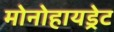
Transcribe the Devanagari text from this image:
मोनोहायड्रेट